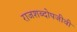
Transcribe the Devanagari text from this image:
राजशब्दोपजीवी